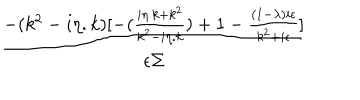
\frac { - ( k ^ { 2 } - i \eta . k ) [ - ( \frac { i \eta . k + k ^ { 2 } } { k ^ { 2 } - i \eta . k } ) + 1 - \frac { ( 1 - \lambda ) i \epsilon } { k ^ { 2 } + i \epsilon } ] } { \epsilon \Sigma }